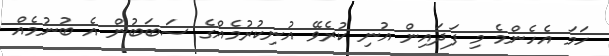
ހަމަ އެހެންމެ މި ފަދައިން އުނި ކުރެވޭ އުނިކުރުމެއްގެ ސަބަބުން އެ ބުނުމެއް